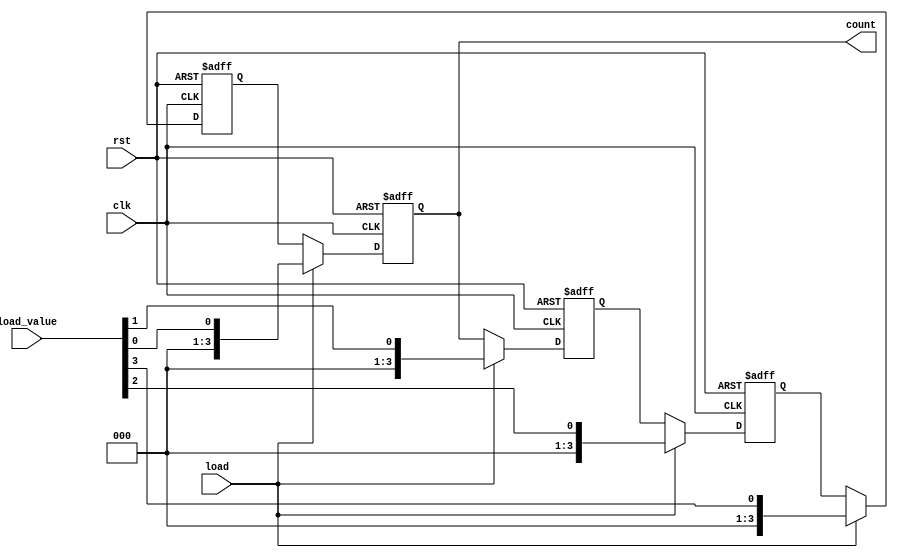
module johnson_counter(
  input clk,
  input rst,
  input load,
  input [3:0] load_value,
  output reg [3:0] count
);

  // Registers for flip-flops
  reg [3:0] ff1, ff2, ff3, ff4;
  
  // Johnson Counter logic
  always @(posedge clk or posedge rst)
  begin
    if(rst) begin
      ff1 <= 4'b0001;
      ff2 <= 4'b0010;
      ff3 <= 4'b0100;
      ff4 <= 4'b1000;
    end
    else if(load) begin
      ff1 <= load_value[0];
      ff2 <= load_value[1];
      ff3 <= load_value[2];
      ff4 <= load_value[3];
    end
    else begin
      ff1 <= ff4;
      ff2 <= ff1;
      ff3 <= ff2;
      ff4 <= ff3;
    end
  end

  // Output count logic
  always @(ff4)
  begin
    count <= {ff4, ff3, ff2, ff1};
  end

endmodule